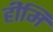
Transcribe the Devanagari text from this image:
हीमि